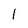
Character: 1